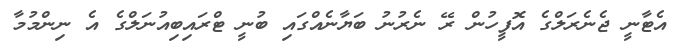
އެޓާނީ ޖެނެރަލްގެ އޮފީހުން ރޭ ނެރުނު ބަޔާނެއްގައި ބުނީ ޓްރައިބިއުނަލްގެ އެ ނިންމުމާ